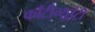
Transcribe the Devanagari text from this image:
काँटीन्यूईटी